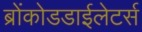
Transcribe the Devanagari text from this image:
ब्रोंकोडडाईलेटर्स